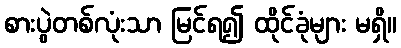
စားပွဲတစ်လုံးသာ မြင်ရ၍ ထိုင်ခုံများ မရှိ။